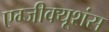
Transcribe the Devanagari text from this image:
एग्जीक्यूशंस